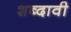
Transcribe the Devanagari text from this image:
शब्दावी